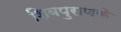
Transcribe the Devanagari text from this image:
शिवपुराणके